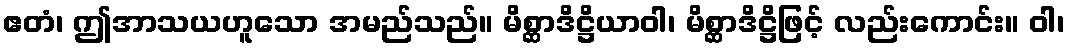
ဧတံ၊ ဤအာသယဟူသော အမည်သည်။ မိစ္ဆာဒိဋ္ဌိယာဝါ၊ မိစ္ဆာဒိဋ္ဌိဖြင့် လည်းကောင်း။ ဝါ၊